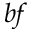
b f